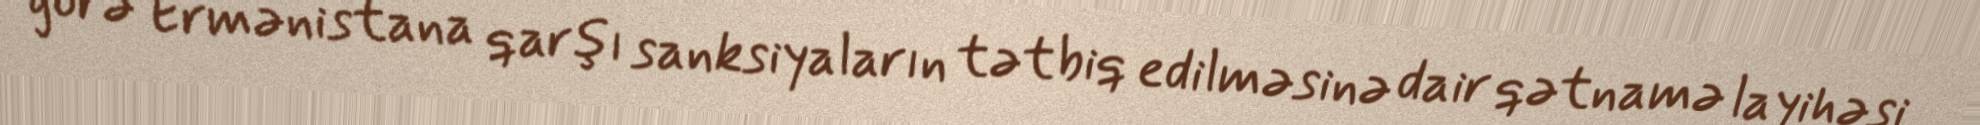
görə Ermənistana qarşı sanksiyaların tətbiq edilməsinə dair qətnamə layihəsi